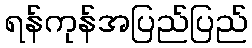
ရန်ကုန်အပြည်ပြည်